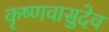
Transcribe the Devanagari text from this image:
कृष्णवासुदेव